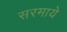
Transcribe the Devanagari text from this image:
सरमाये